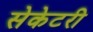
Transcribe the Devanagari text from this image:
सेकेटरी